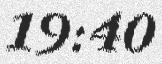
19:40